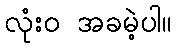
လုံးဝ အခမဲ့ပါ။